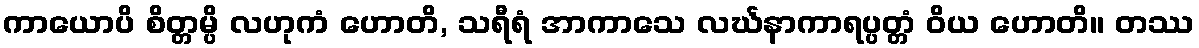
ကာယောပိ စိတ္တမ္ပိ လဟုကံ ဟောတိ, သရီရံ အာကာသေ လင်္ဃနာကာရပ္ပတ္တံ ဝိယ ဟောတိ။ တဿ